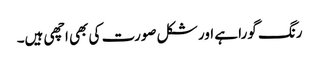
رنگ گورا ہے اور شکل صورت کی بھی اچھی ہیں۔